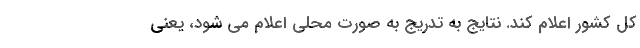
کل کشور اعلام کند. نتایج به تدریج به صورت محلی اعلام می شود، یعنی